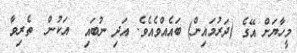
މީހާޔަށް އޭގެ (ދަރުމައިން) ބައެއްވެއެވެ. އަދި ނުބައި  އަކުން  ތެރިވާ